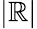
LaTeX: |\mathbb{R}|